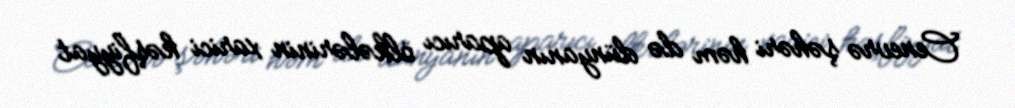
Cenevrə şəhəri həm də dünyanın aparıcı ölkələrinin xarici kəşfiyyat